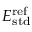
E _ { \mathrm { s t d } } ^ { \mathrm { r e f } }